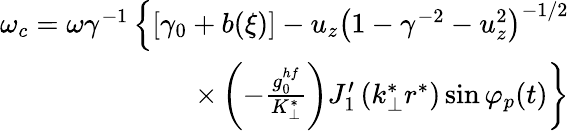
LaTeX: \begin{array}{r}{\omega_{c}=\omega\gamma^{-1}\left\{ \left[\gamma_{0}+b(\xi)\right]-u_{z}\left(1-\gamma^{-2}-u_{z}^{2}\right)^{-1/2}\right.}\\ {\left.\times\left(-\frac{g_{0}^{hf}}{K_{\perp}^{*}}\right)J_{1}^{\prime}\left(k_{\perp}^{*}r^{*}\right)\sin\varphi_{p}(t)\right\} }\end{array}